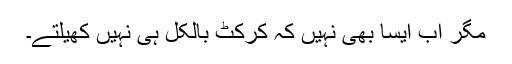
مگر اب ایسا بھی نہیں کہ کرکٹ بالکل ہی نہیں کھیلتے۔